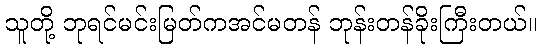
သူတို့ ဘုရင်မင်းမြတ်ကအင်မတန် ဘုန်းတန်ခိုးကြီးတယ်။